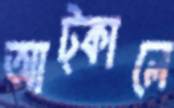
আট্‌কালে